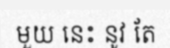
មួយ នេះ នូវ តែ